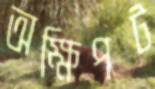
অক্ষিপট